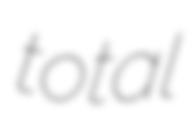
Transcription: total